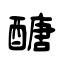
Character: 醣